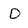
Character: D